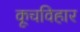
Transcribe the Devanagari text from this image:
कूचविहार